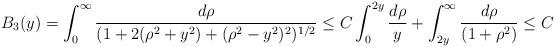
LaTeX: \begin{align*} &B_{3}(y) = \int_{0}^{\infty} \frac{d\rho}{(1+2(\rho^{2}+y^{2})+(\rho^{2}-y^{2})^{2})^{1/2}} \leq C \int_{0}^{2y}\frac{d\rho}{y} + \int_{2y}^{\infty} \frac{d\rho}{(1+\rho^{2})}\leq C\end{align*}